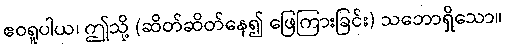
ဧဝရူပါယ၊ ဤသို့ (ဆိတ်ဆိတ်နေ၍ ဖြေကြားခြင်း) သဘောရှိသော။